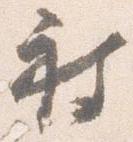
被